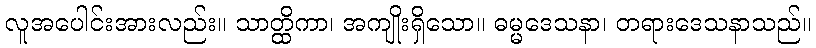
လူအပေါင်းအားလည်း။ သာတ္ထိကာ၊ အကျိုးရှိသော။ ဓမ္မဒေသနာ၊ တရားဒေသနာသည်။